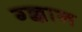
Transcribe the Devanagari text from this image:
ग्ज्ञान